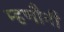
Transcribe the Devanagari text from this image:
म्हणौनी